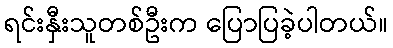
ရင်းနှီးသူတစ်ဦးက ပြောပြခဲ့ပါတယ်။